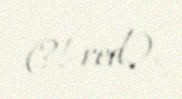
(?!-red.).